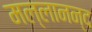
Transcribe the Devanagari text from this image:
मल्लानन्द